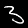
Digit: 3